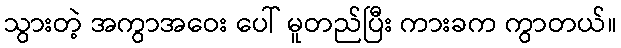
သွားတဲ့ အကွာအဝေး ပေါ် မူတည်ပြီး ကားခက ကွာတယ်။